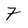
Character: 7